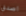
اصدق